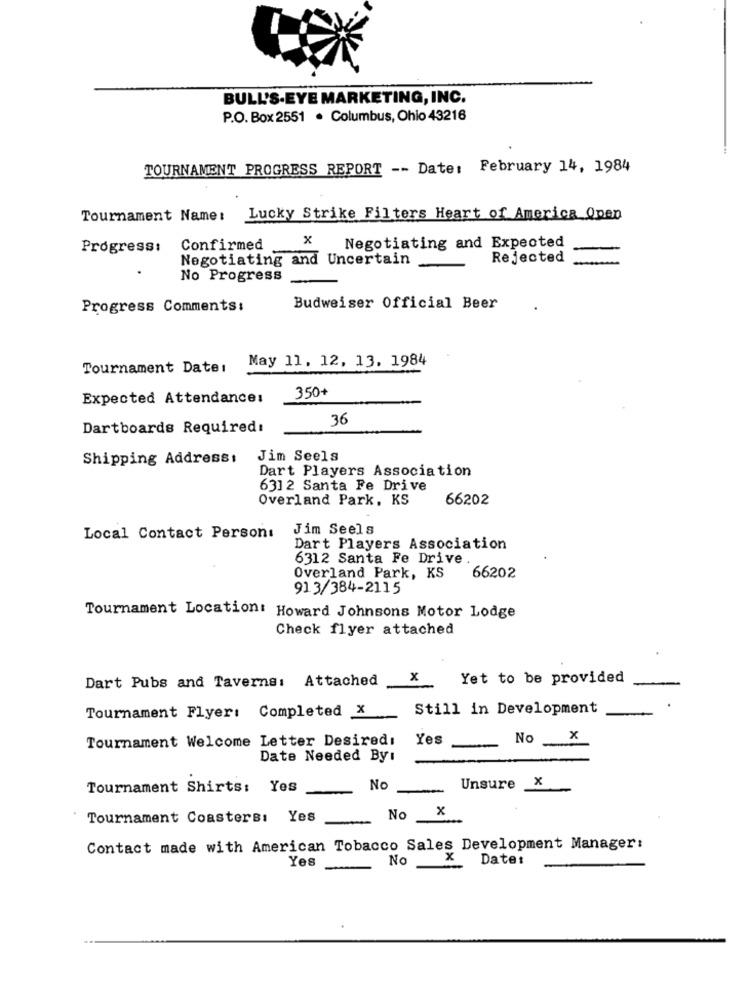
BULL'S-EYE MARKETING, INC.
P.O. Box 2551 . Columbus, Ohio 43216
TOURNAMENT PROGRESS REPORT -- Date: February 14, 1984
Tournament Name:
Lucky Strike Filters Heart of America Open
x
Negotiating and Expected
Progress:
Confirmed
Negotiating and Uncertain
Rejected
No Progress
Progress Comments:
Budweiser Official Beer
May 11, 12, 13. 1984
Tournament Datei
350+
Expected Attendance:
36
Dartboards Required:
Shipping Address:
Jim Seels
Dart Players Association
6312 Santa Fe Drive
Overland Park, KS
66202
Jim Seels
Local Contact Person:
Dart Players Association
6312 Santa Fe Drive
Overland Park, KS
66202
913/384-2115
Tournament Location: Howard Johnsons Motor Lodge
Check flyer attached
Dart Pubs and Taverns: Attached
Yet to be provided
-
Tournament Flyer: Completed X
Still in Development
.
Tournament Welcome Letter Desired:
Yes
No
x
Date Needed By:
x
Tournament Shirts: Yes
No
Unsure
x
Tournament Coastersı Yes
0
Contact made with American Tobacco Sales Development Manager:
Yes
No
X
Date: